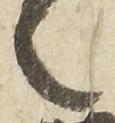
之